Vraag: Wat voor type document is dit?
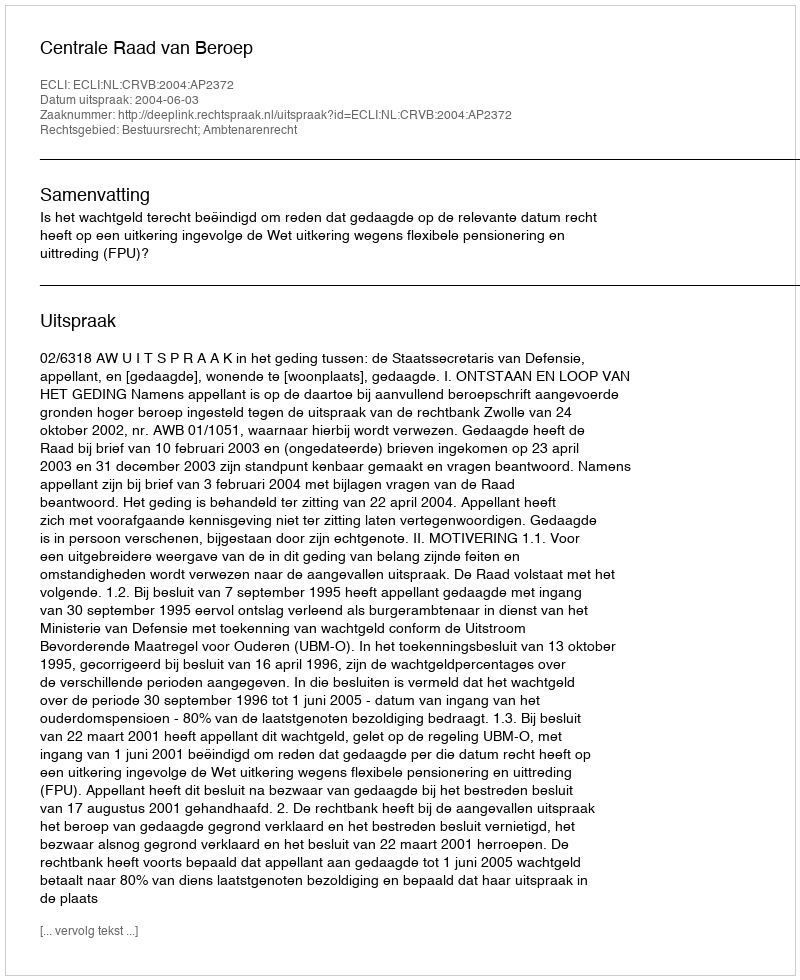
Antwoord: Uitspraak